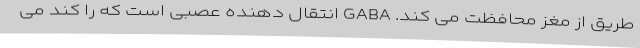
طریق از مغز محافظت می کند. GABA انتقال دهنده عصبی است که را کند می